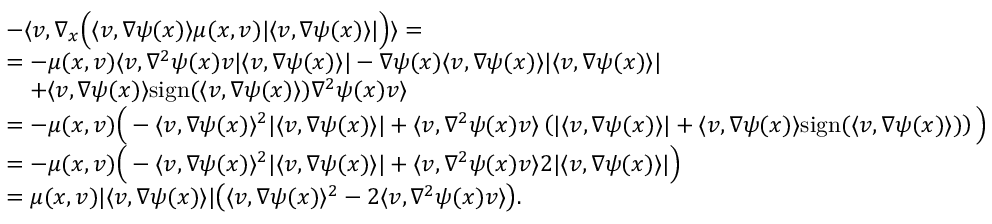
\begin{array} { r l } & { - \langle v , \nabla _ { x } \Big ( \langle v , \nabla \psi ( x ) \rangle \mu ( x , v ) \lvert \langle v , \nabla \psi ( x ) \rangle \rvert \Big ) \rangle = } \\ & { = - \mu ( x , v ) \langle v , \nabla ^ { 2 } \psi ( x ) v \lvert \langle v , \nabla \psi ( x ) \rangle \rvert - \nabla \psi ( x ) \langle v , \nabla \psi ( x ) \rangle \lvert \langle v , \nabla \psi ( x ) \rangle \rvert } \\ & { \quad + \langle v , \nabla \psi ( x ) \rangle \mathrm { s i g n } ( \langle v , \nabla \psi ( x ) \rangle ) \nabla ^ { 2 } \psi ( x ) v \rangle } \\ & { = - \mu ( x , v ) \Big ( - \langle v , \nabla \psi ( x ) \rangle ^ { 2 } \lvert \langle v , \nabla \psi ( x ) \rangle \rvert + \langle v , \nabla ^ { 2 } \psi ( x ) v \rangle \left( \lvert \langle v , \nabla \psi ( x ) \rangle \rvert + \langle v , \nabla \psi ( x ) \rangle \mathrm { s i g n } ( \langle v , \nabla \psi ( x ) \rangle ) \right) \Big ) } \\ & { = - \mu ( x , v ) \Big ( - \langle v , \nabla \psi ( x ) \rangle ^ { 2 } \lvert \langle v , \nabla \psi ( x ) \rangle \rvert + \langle v , \nabla ^ { 2 } \psi ( x ) v \rangle 2 \lvert \langle v , \nabla \psi ( x ) \rangle \rvert \Big ) } \\ & { = \mu ( x , v ) \lvert \langle v , \nabla \psi ( x ) \rangle \rvert \big ( \langle v , \nabla \psi ( x ) \rangle ^ { 2 } - 2 \langle v , \nabla ^ { 2 } \psi ( x ) v \rangle \big ) . } \end{array}